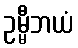
ဥမ္မီဘယံ